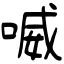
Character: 喴